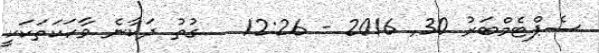
ސެޕްޓެމްބަރު 30